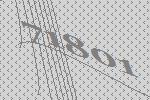
71801